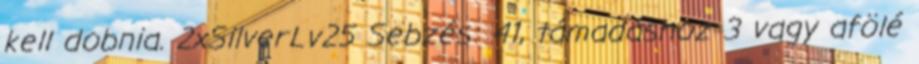
kell dobnia. 2xSilverLv25 Sebzés: 41, támadáshoz 3 vagy afölé